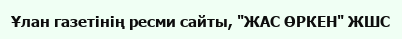
Ұлан газетінің ресми сайты, "ЖАС ӨРКЕН" ЖШС